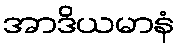
အာဒိယမာနံ